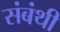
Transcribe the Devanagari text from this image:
संबंथी